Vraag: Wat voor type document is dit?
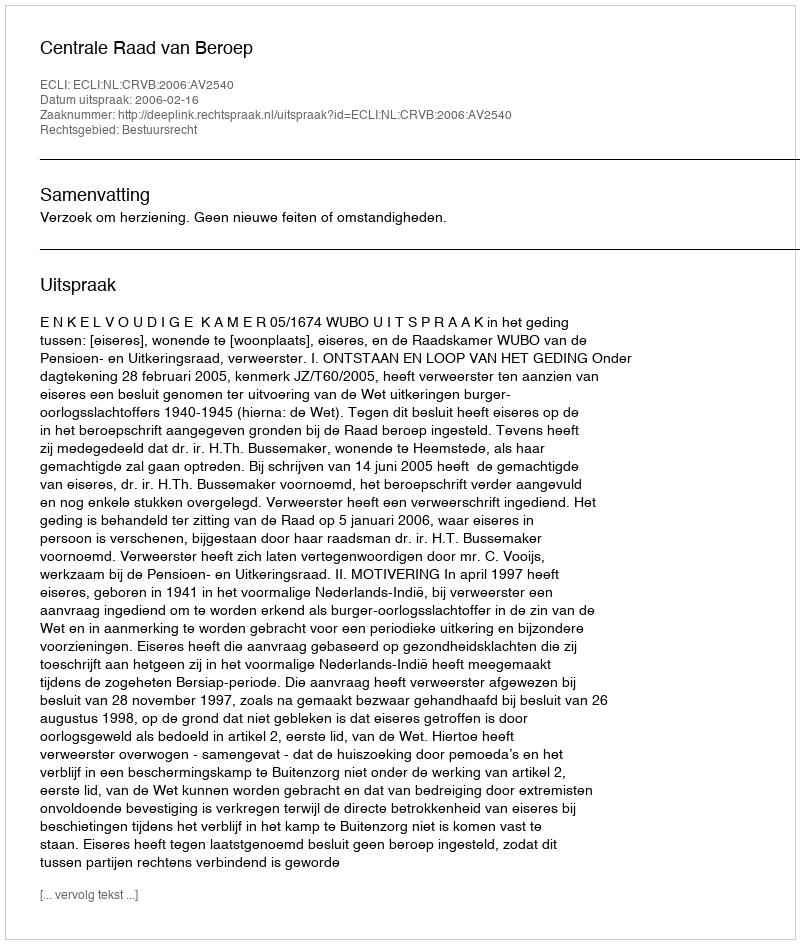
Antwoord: Uitspraak